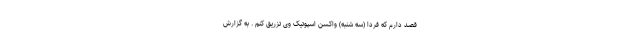
قصد دارم که فردا (سه شنبه) واکسن اسپوتیک وی تزریق کنم . به گزارش